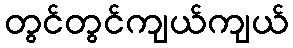
တွင်တွင်ကျယ်ကျယ်